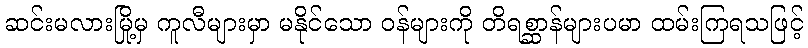
ဆင်းမလားမြို့မှ ကူလီများမှာ မနိုင်သော ဝန်များကို တိရစ္ဆာန်များပမာ ထမ်းကြရသဖြင့်